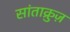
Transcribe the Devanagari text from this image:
सांताक्रुज़